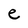
Character: e